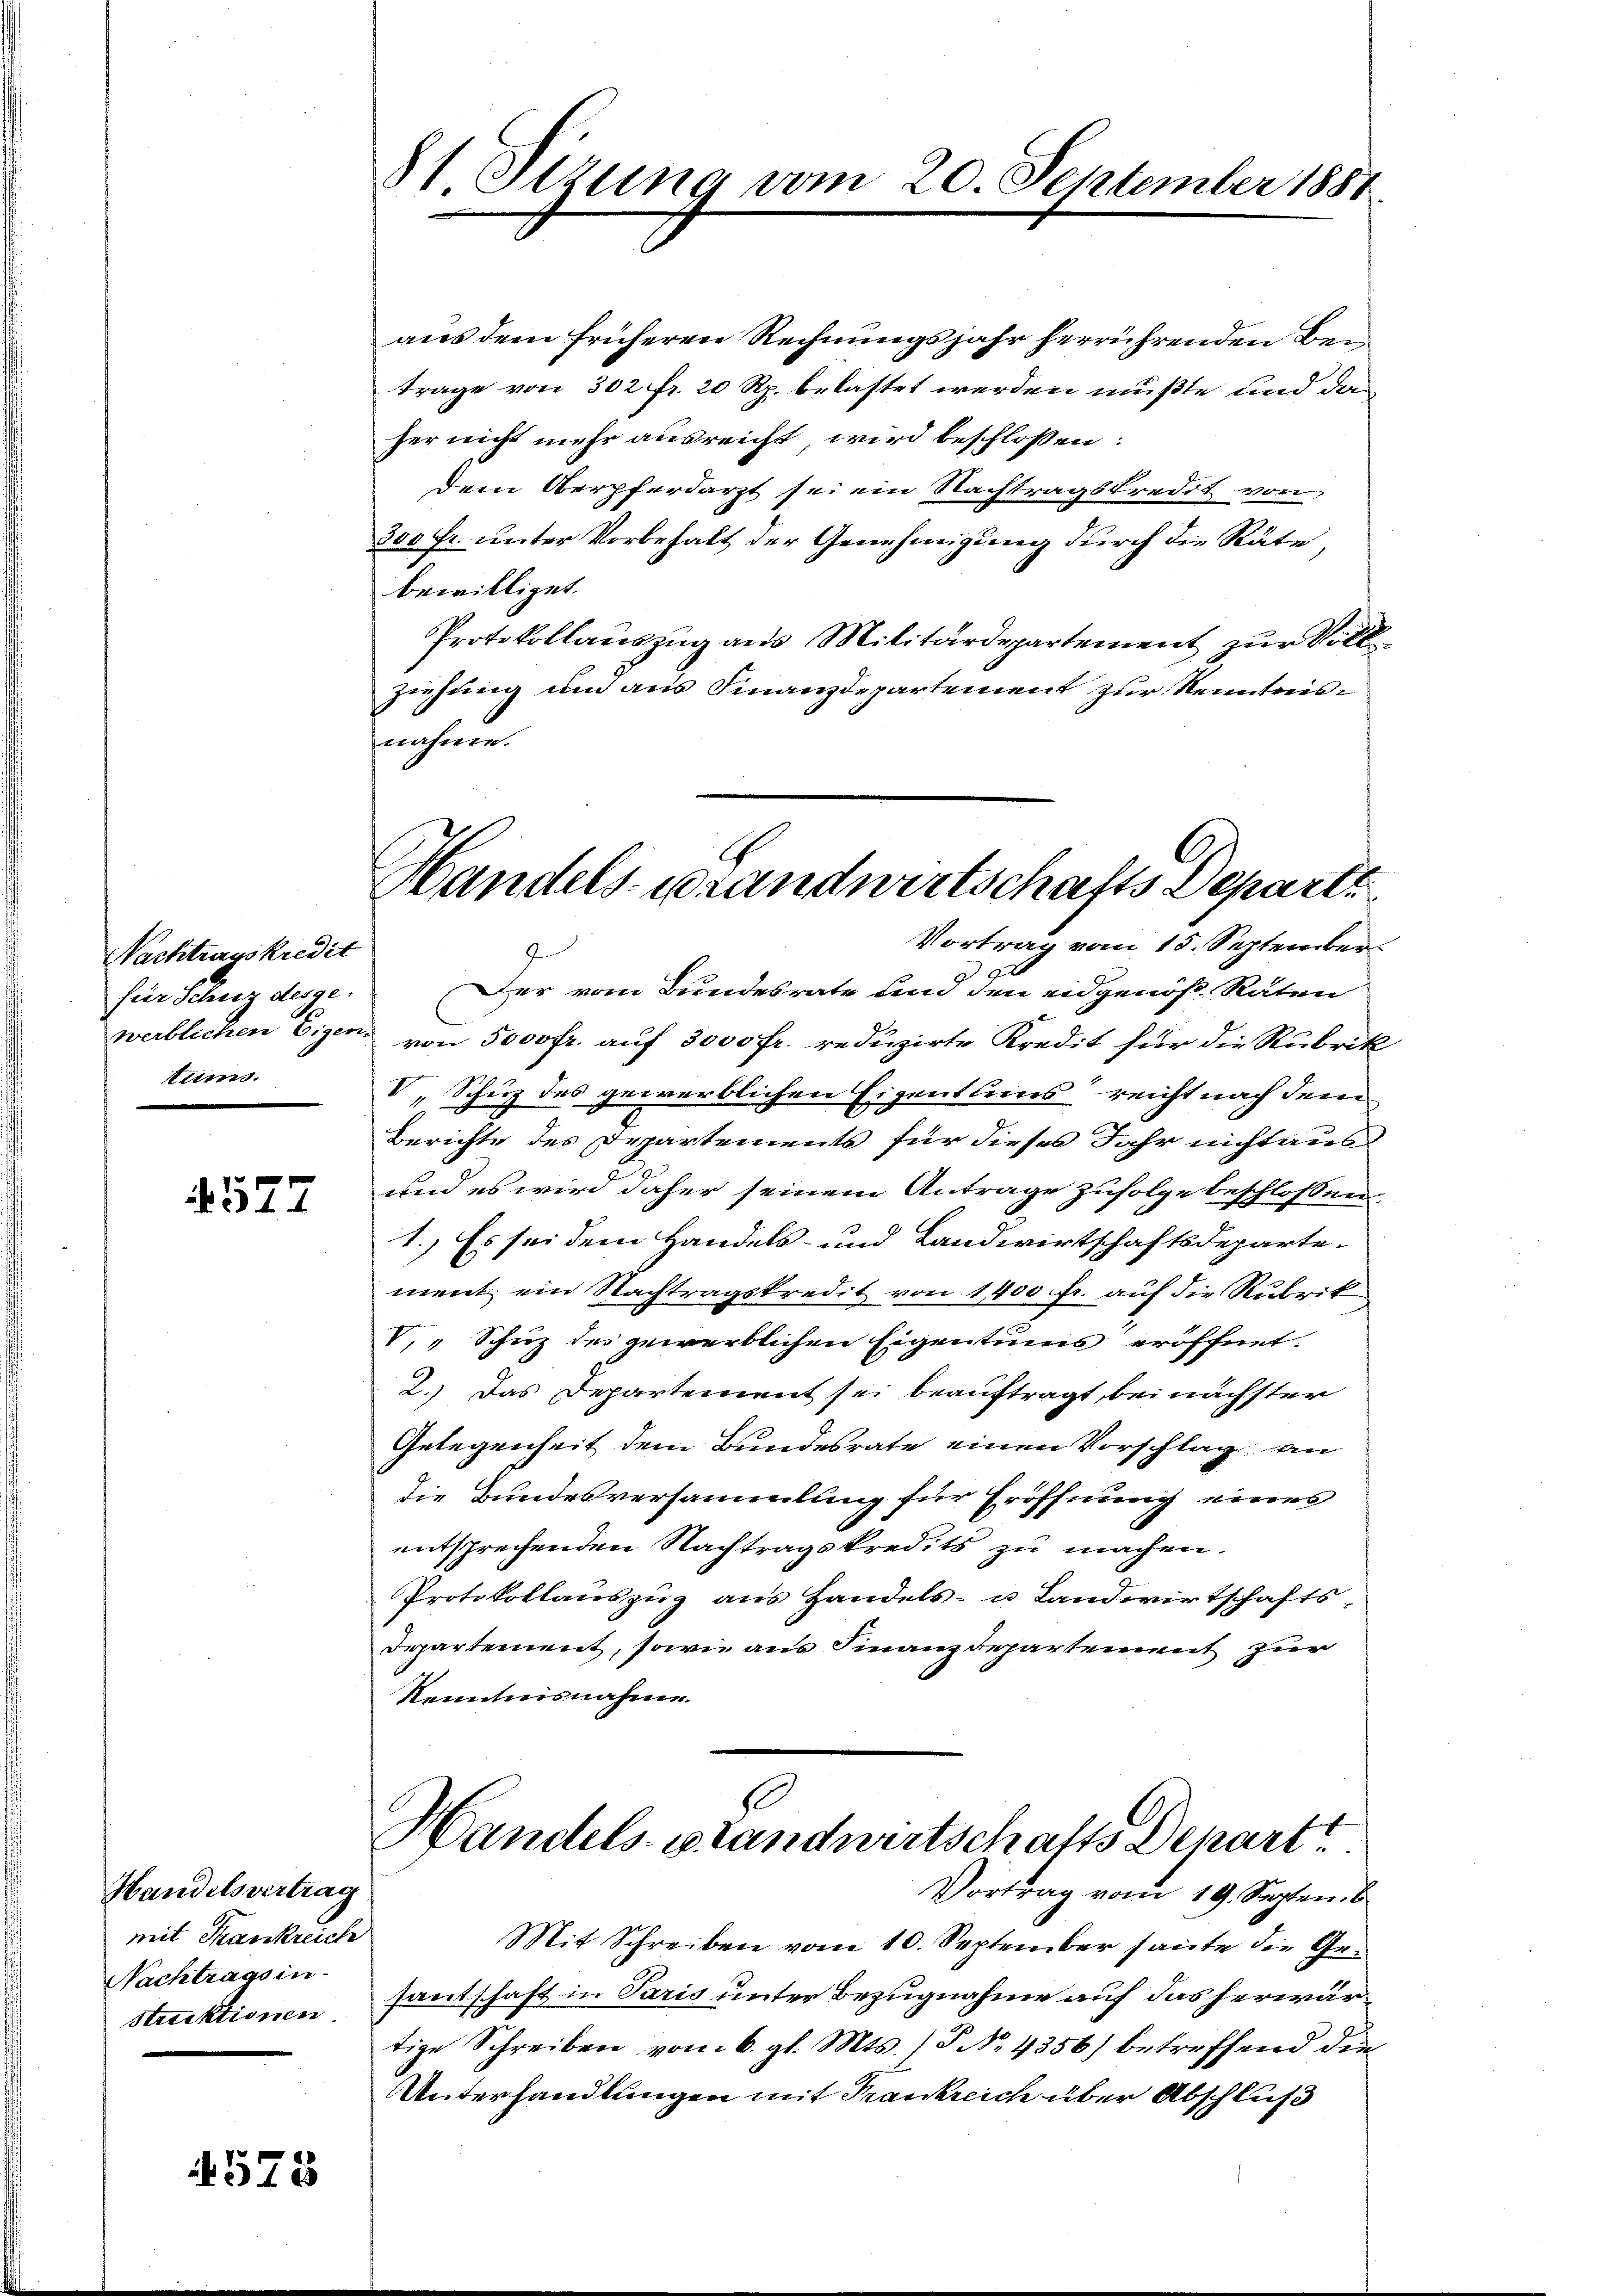
Nachtragskredit
für Schutz desgewerblichen Eigen.
tis.

577

Handelsvertrag
mit Krankreich
Nachtrags in-
struktionen.

575

St. Sizung vom 20. September 1881

aus dem früheren Rechnungsjahr herrührenden Bei
trage von 302 fr. 20 Rp. belastet werden mußte und das
her nicht mehr ausreicht wird beschlossen:
dem Oberpferdarzt sei ein Nachtragskredit von
300 Fr. unter Vorbehalt der Genehmigung durch die Räte,
bewilliget.
Protokollauszug aus Militärdepartement zur Vollziehung um aus Finanzdepartement zur Neuntriesnahme.

Handels-Brandwirtschafts Departe

Vortrag vom 15. September¬
9
2
Der vom Bundesrate dem den eidgenöß. Räten
von 5000 fr. auf 3000 fr. reduzirte Kredit für die Rubrik
V. Schuz des gewerblichen Eigenthums reicht nach dem
Berichte des Departements für dieses Jahr nicht aus
und es wird daher seinem Antrage zufolge beschloßen
1.) Es sei dem Handels- und Landwirtschaftsdepartement ein Nachtragskredit von 1400 fr. auf die Rubrik
V. " Schuz des gewerblichen Eigentums eröffnet.
2.) Das Departement sei beauftragt, bei nächster
Gelegenheit dem Bundesrate einen Vorschlag an
die Bundesversammlung für Eröffnung eines
entsprechenden Nachtragskredits zu machen.
Protokollauszug aus Handels- u Landwirtschafts
Departement, sowie aus Finanzdepartement zur
Nenntnisnahme.
Handels-Brandwirtschafts Depart
Vortrag vom 19. Septen. B
Mit Schreiben vom 10. September heute die Gesantschaft in Paris unter Bezugnahme auf das herwär¬
.
tige Schreiben vom 6. gl. Mts. /5 No 4356) betreffend die
Unterhandlungen mit Frankreich über Abschluß